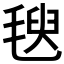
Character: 𣯁